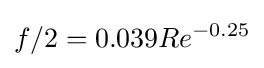
f/2=0.039Re^{-0.25}